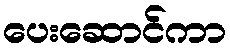
ပေးဆောင်ကာ